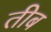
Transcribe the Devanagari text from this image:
तीब